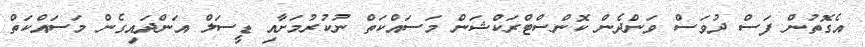
އެގޮތުން ފަސް ދުވަސް ވަންދެން ކޮންސްޓްރަކްޝަން މަސައްކަތް ނުކުރުމަށާއި ޑީސަލް އަންދައިގެން މަސައްކަތް